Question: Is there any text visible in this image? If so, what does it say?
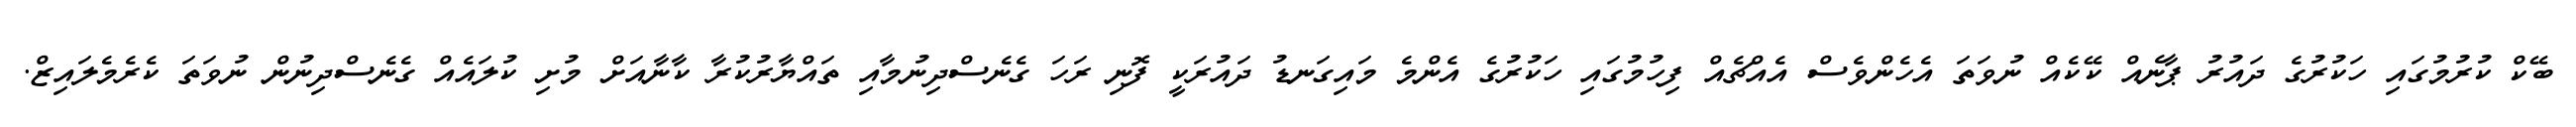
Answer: ބޭކް ކުރުމުގައި ހަކުރުގެ ދައުރު ޕާނެއް ކޭކެއް ނުވަތަ އެހެންވެސް އެއްޗެއް ފިހުމުގައި ހަކުރުގެ އެންމެ މައިގަނޑު ދައުރަކީ ފޮނި ރަހަ ގެނެސްދިނުމާއި ތައްޔާރުކުރާ ކާނާއަށް މުށި ކުލައެއް ގެނެސްދިނުން ނުވަތަ ކެރެމެލައިޒް.